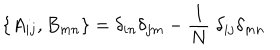
\{ A _ { i j } , B _ { m n } \} = \delta _ { i n } \delta _ { j m } - \frac { 1 } { N } \; \delta _ { i j } \delta _ { m n } \,